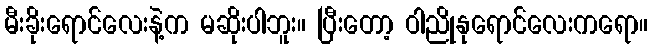
မီးခိုးရောင်လေးနဲ့က မဆိုးပါဘူး။ ပြီးတော့ ဝါညိုနုရောင်လေးကရော။